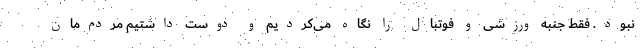
نبود. فقط جنبه ورزشی و فوتبال را نگاه می‌کردیم و دوست داشتیم مردم‌مان